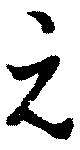
元